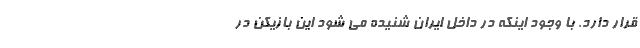
قرار دارد. با وجود اینکه در داخل ایران شنیده می شود این بازیکن در